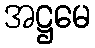
အဋ္ဌမေ